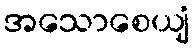
အသောစေယျံ